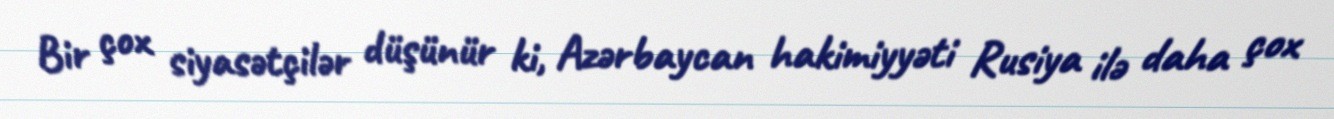
Bir çox siyasətçilər düşünür ki, Azərbaycan hakimiyyəti Rusiya ilə daha çox